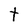
Character: t